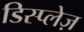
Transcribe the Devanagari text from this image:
डिस्प्लेज़